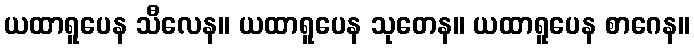
ယထာရူပေန သီလေန။ ယထာရူပေန သုတေန။ ယထာရူပေန စာဂေန။